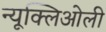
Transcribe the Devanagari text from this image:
न्यूक्लिओली